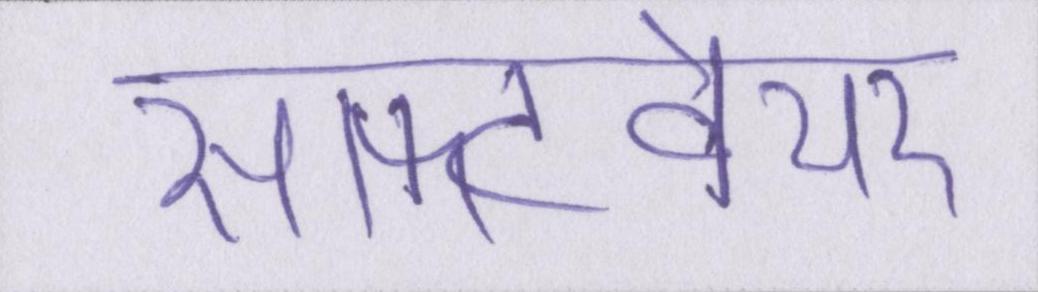
सॉफ्टवेयर